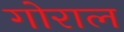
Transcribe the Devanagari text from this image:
गोराल